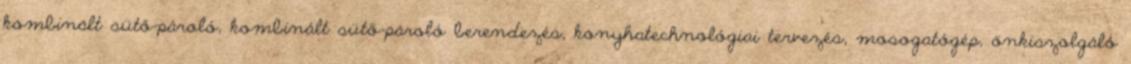
kombinált sütő-pároló, kombinált sütő-pároló berendezés, konyhatechnológiai tervezés, mosogatógép, önkiszolgáló